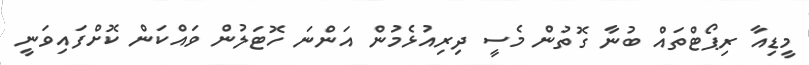
މީޑިއާ ރިޕޯޓްތައް ބުނާ ގޮތުން މެސީ ދިރިއުޅެމުން އަންނަ ހޮޓަލުން ވައްކަން ކޮށްފައިވަނީ